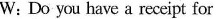
W: Do you have a receipt for